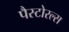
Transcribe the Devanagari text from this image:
पैस्टोरल्स